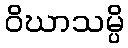
ဝိဃာသမ္ပိ